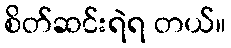
စိတ်ဆင်းရဲရ တယ်။